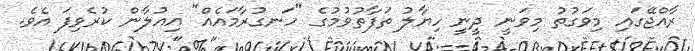
ރާއްޖޭގައި މިވަގުތު މިވަނީ ދީނީ ހިޔާލު ތަފާތުވުމުގެ "ހަނގުރާމައެއް" އިއުލާން ކުރެވިފަ އެވެ.